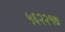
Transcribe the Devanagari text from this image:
५६२२१७